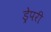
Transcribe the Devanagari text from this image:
ड्रेपरी